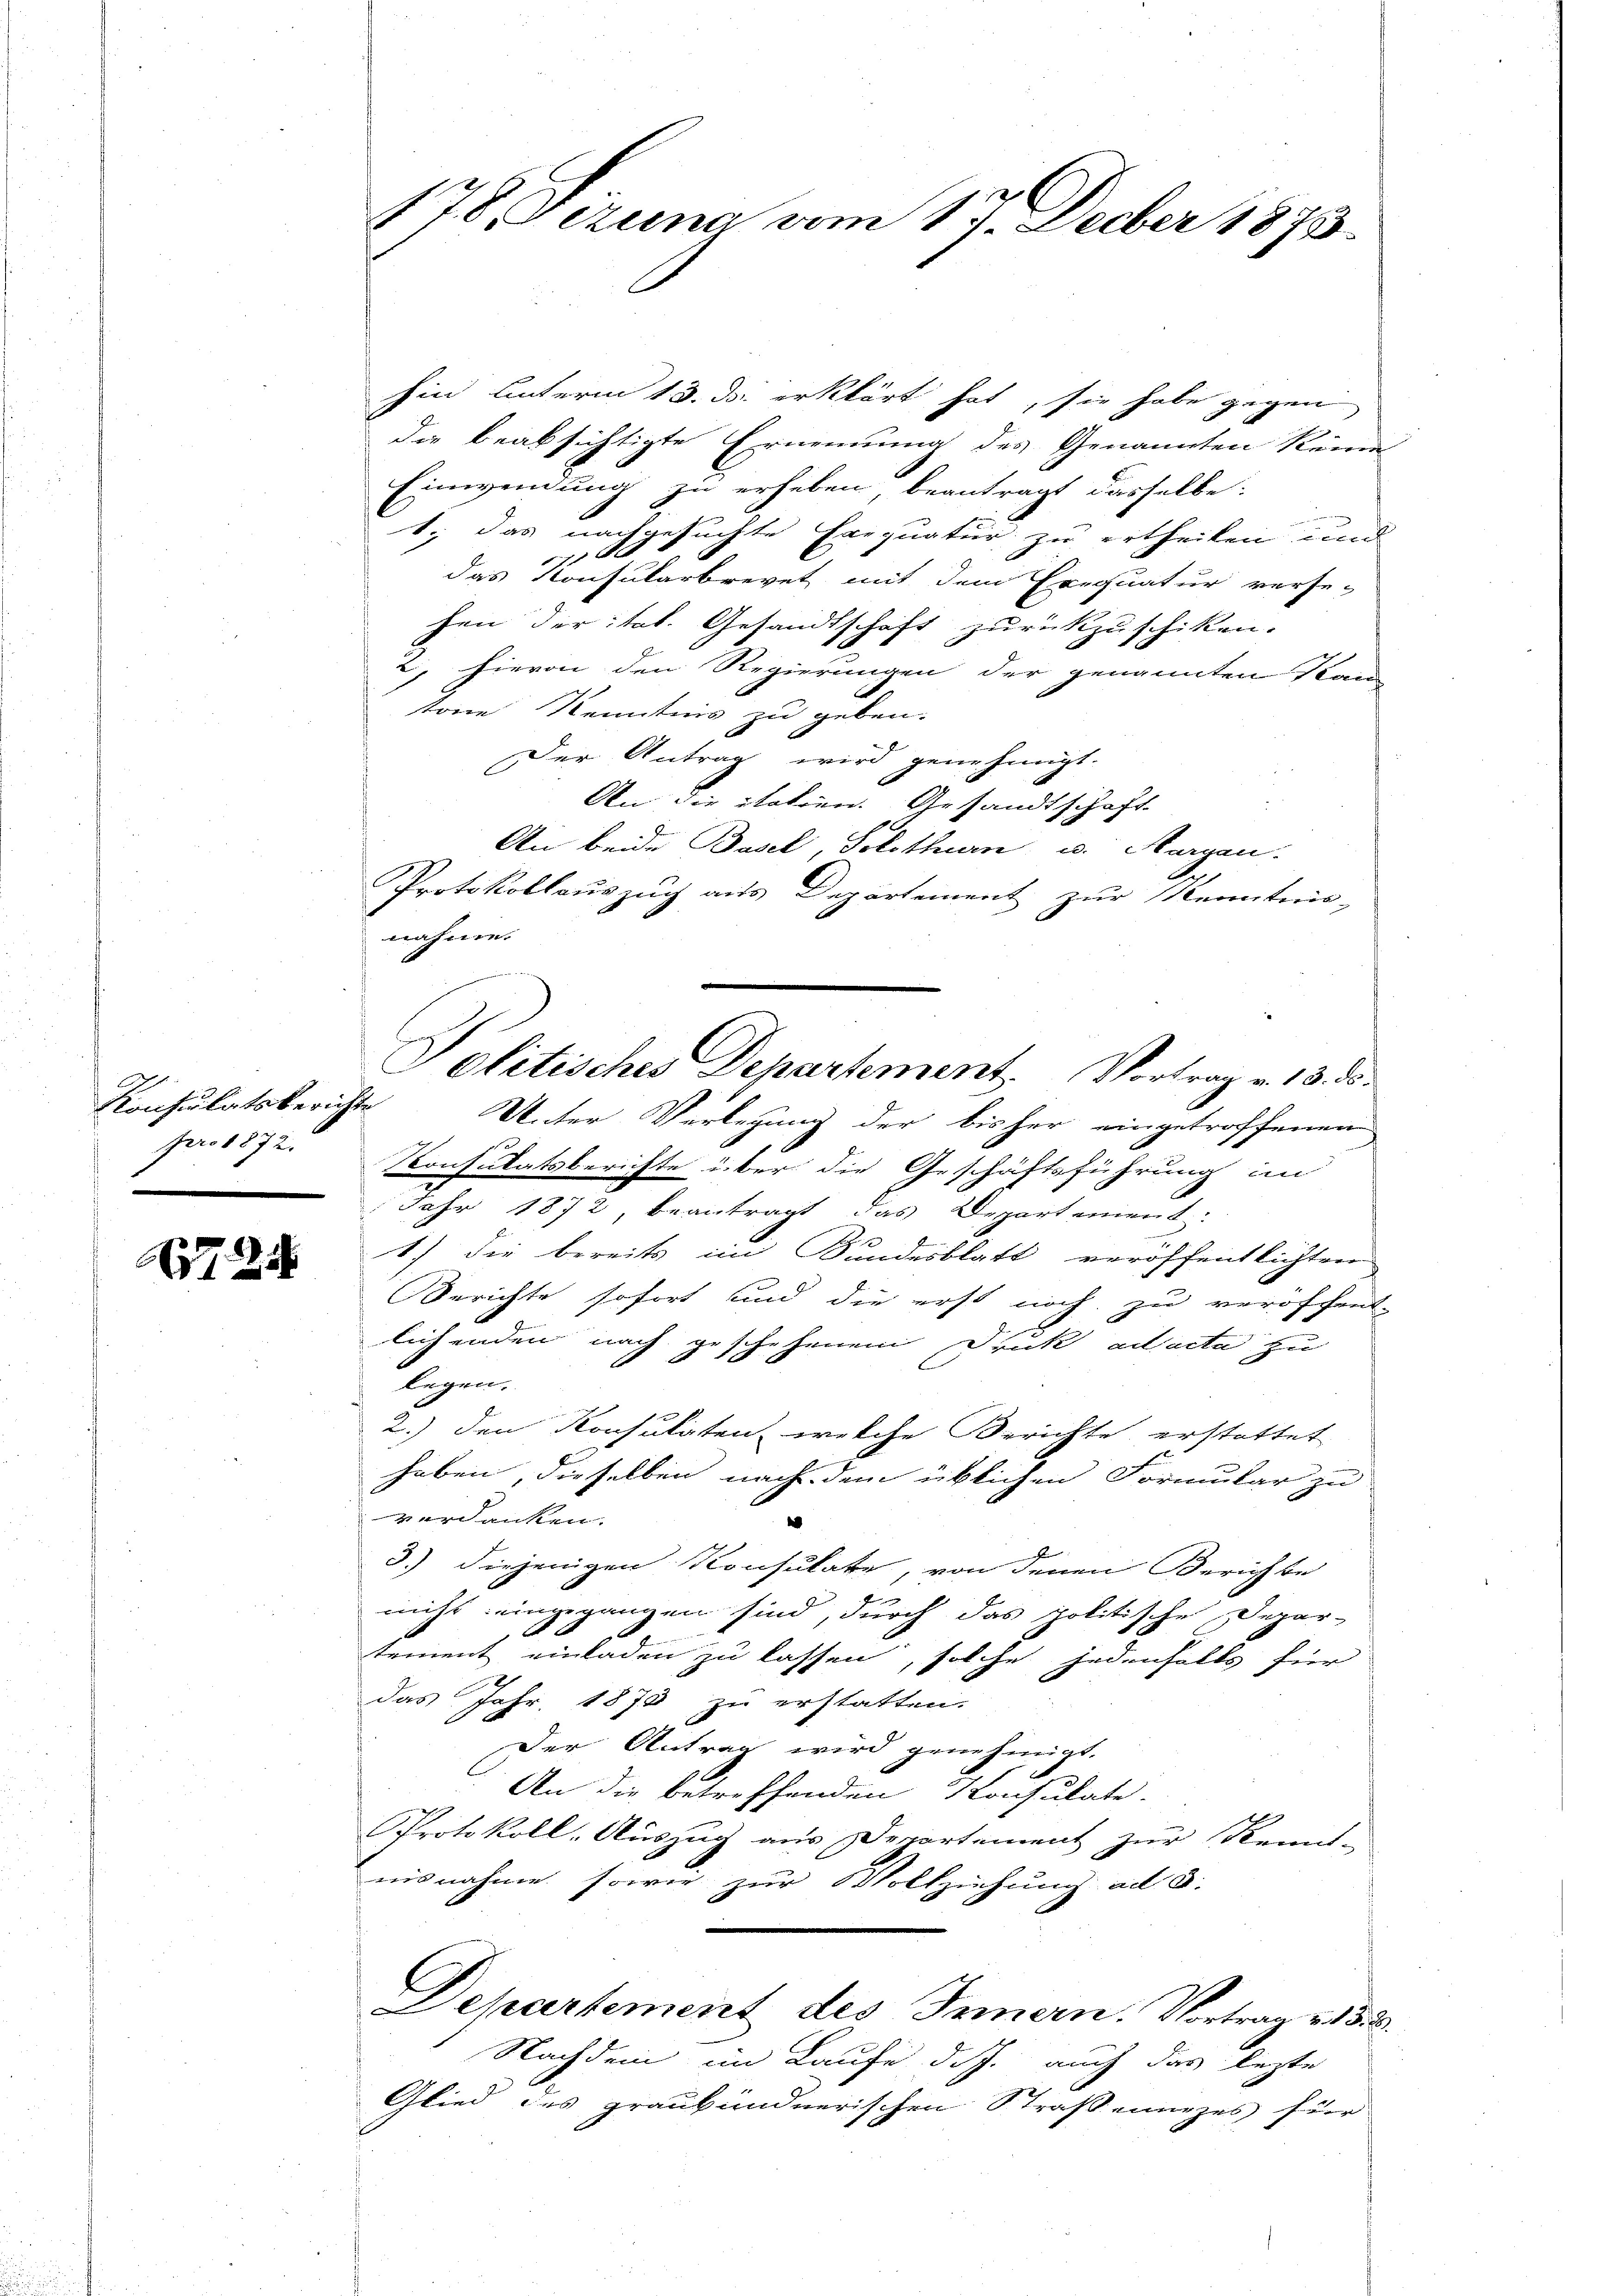
Konsulatsberich.
pro 1872.

724

178. Fezuna vom 17. Decber 1875.

hin unterm 13. ds. erklärt hat, sie habe gegen
die beabsichtigte Ernennung des Genannten keine
Einweinung zu erheben beantragt dasselbe:
1., das nachgesuchte Exequatur zu ertheilen und
x
das Konsularbrevet mit dem Exequatur verse-
hen der tat. Gesandtschaft zurückzuschiken.
2, hievon den Regierungen der genannten Pan
töne Kenntnis zu geben.
Der Antrag wird genehmigt.
An die italien. Gesandtschaft
An beide Basel, Solothurn u. Horgen.
Protokollauszug aus Departement zur Kenntnis
nahme.
E
Unter Verlegung der bisher eingetroffenen
Konsulatsberichte über die Geschäftsführung im
Jahr 1872, beantragt das Departement:
1.) Die bereits im Bundesblatt veröffentlichten
Berichte sofort und die erst noch zu veröffent-
2
lichenden nach geschehenem Druck adheite zu
legen
2.) den Konsulaten, welche Berichte erstattet
haben, dieselben nach dem üblichen Formular zu
verdanken.
2
3.) diejenigen Konsulate, von denen Berichte
nicht eingegangen sind, durch das politische Depar-
tement einladen zu lassen, solche jedenhalbs für
das Jahr 1873 zu erstatten.
Der Antrag wird genehmigt.
c
An die betreffenden Konsulate.
Protokoll-Auszug aus Departement zur Kennt-
nisnahme sowie zur Vollziehung ad S.
Departement des Innern. Vortrag v. 152.
Nachdem im Laufe d. J. auch das lezte
Glied des graubündnerischen Straßenunzes für

Politisches Departement. Vortrag v. 13. ds.